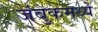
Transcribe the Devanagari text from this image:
जंबुकमध्ये